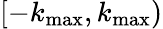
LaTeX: [-k_{\mathrm{max}},k_{\mathrm{max}})